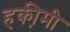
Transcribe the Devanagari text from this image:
हकी़मी